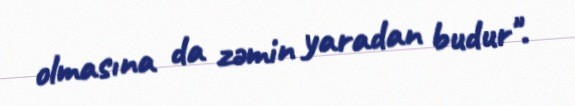
olmasına da zəmin yaradan budur".